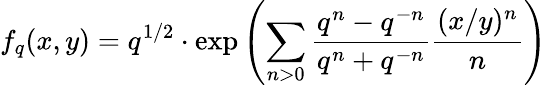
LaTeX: f_{q}(x,y)=q^{1/2}\cdot\mathrm{exp}\left(\sum_{n>0}\frac{q^{n}-q^{-n}}{q^{n}+q^{-n}}\frac{(x/y)^{n}}{n}\right)